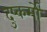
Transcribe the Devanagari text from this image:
दुष्कर्मो